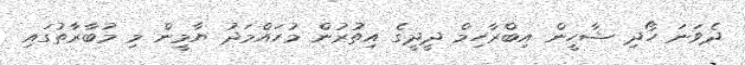
ދެވަނަ ހޯދި ޝާހީން އިބްރާހިމް ދީދީގެ އިތުރުން މުހައްމަދު ޔާމީން މި މުބާރާތުގައި